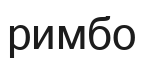
римбо